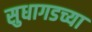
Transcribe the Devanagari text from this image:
सुधागडच्या